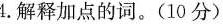
4.解释加点的词。（10分）